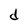
Character: d